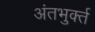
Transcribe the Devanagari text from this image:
अंतभुर्क्त